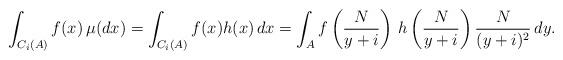
LaTeX: \begin{align*} \int_{C_i(A)}f(x) \,\mu(dx)= \displaystyle \displaystyle \int_{C_i(A)}f(x)h(x)\, dx= \displaystyle \displaystyle \int_{A} \displaystyle f\left(\frac{N}{y+i}\right)\,h\left(\frac{N}{y+i}\right)\frac{N}{(y+i)^2} \,dy.\end{align*}